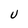
Character: U